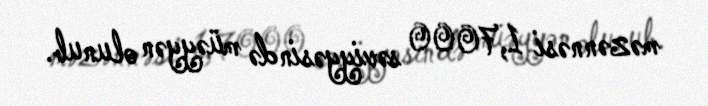
məzənnəsi 1,7000 səviyyəsində müəyyən olunub.